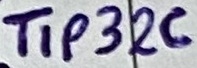
Text: TIP32C